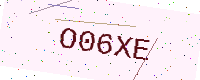
Text: O06XE